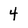
Character: 4